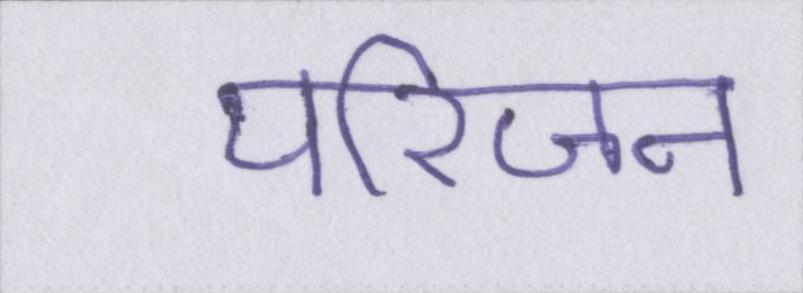
परिजन